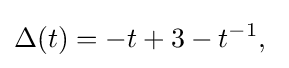
\Delta (t)=-t+3-t^{-1},\